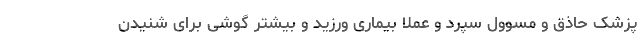
پزشک حاذق و مسوول سپرد و عملا بیماری ورزید و بیشتر گوشی برای شنیدن